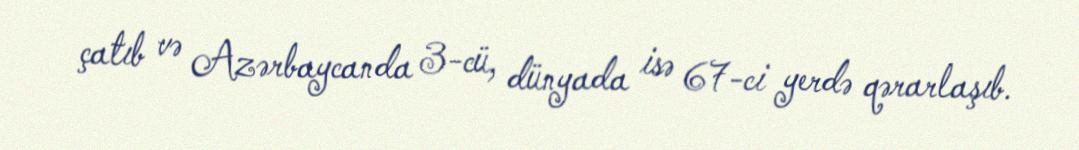
çatıb və Azərbaycanda 3-cü, dünyada isə 67-ci yerdə qərarlaşıb.